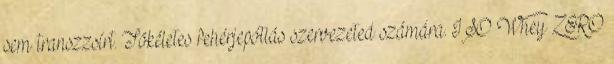
sem transzzsírt. Tökéletes fehérjepótlás szervezeted számára. ISO Whey ZERO